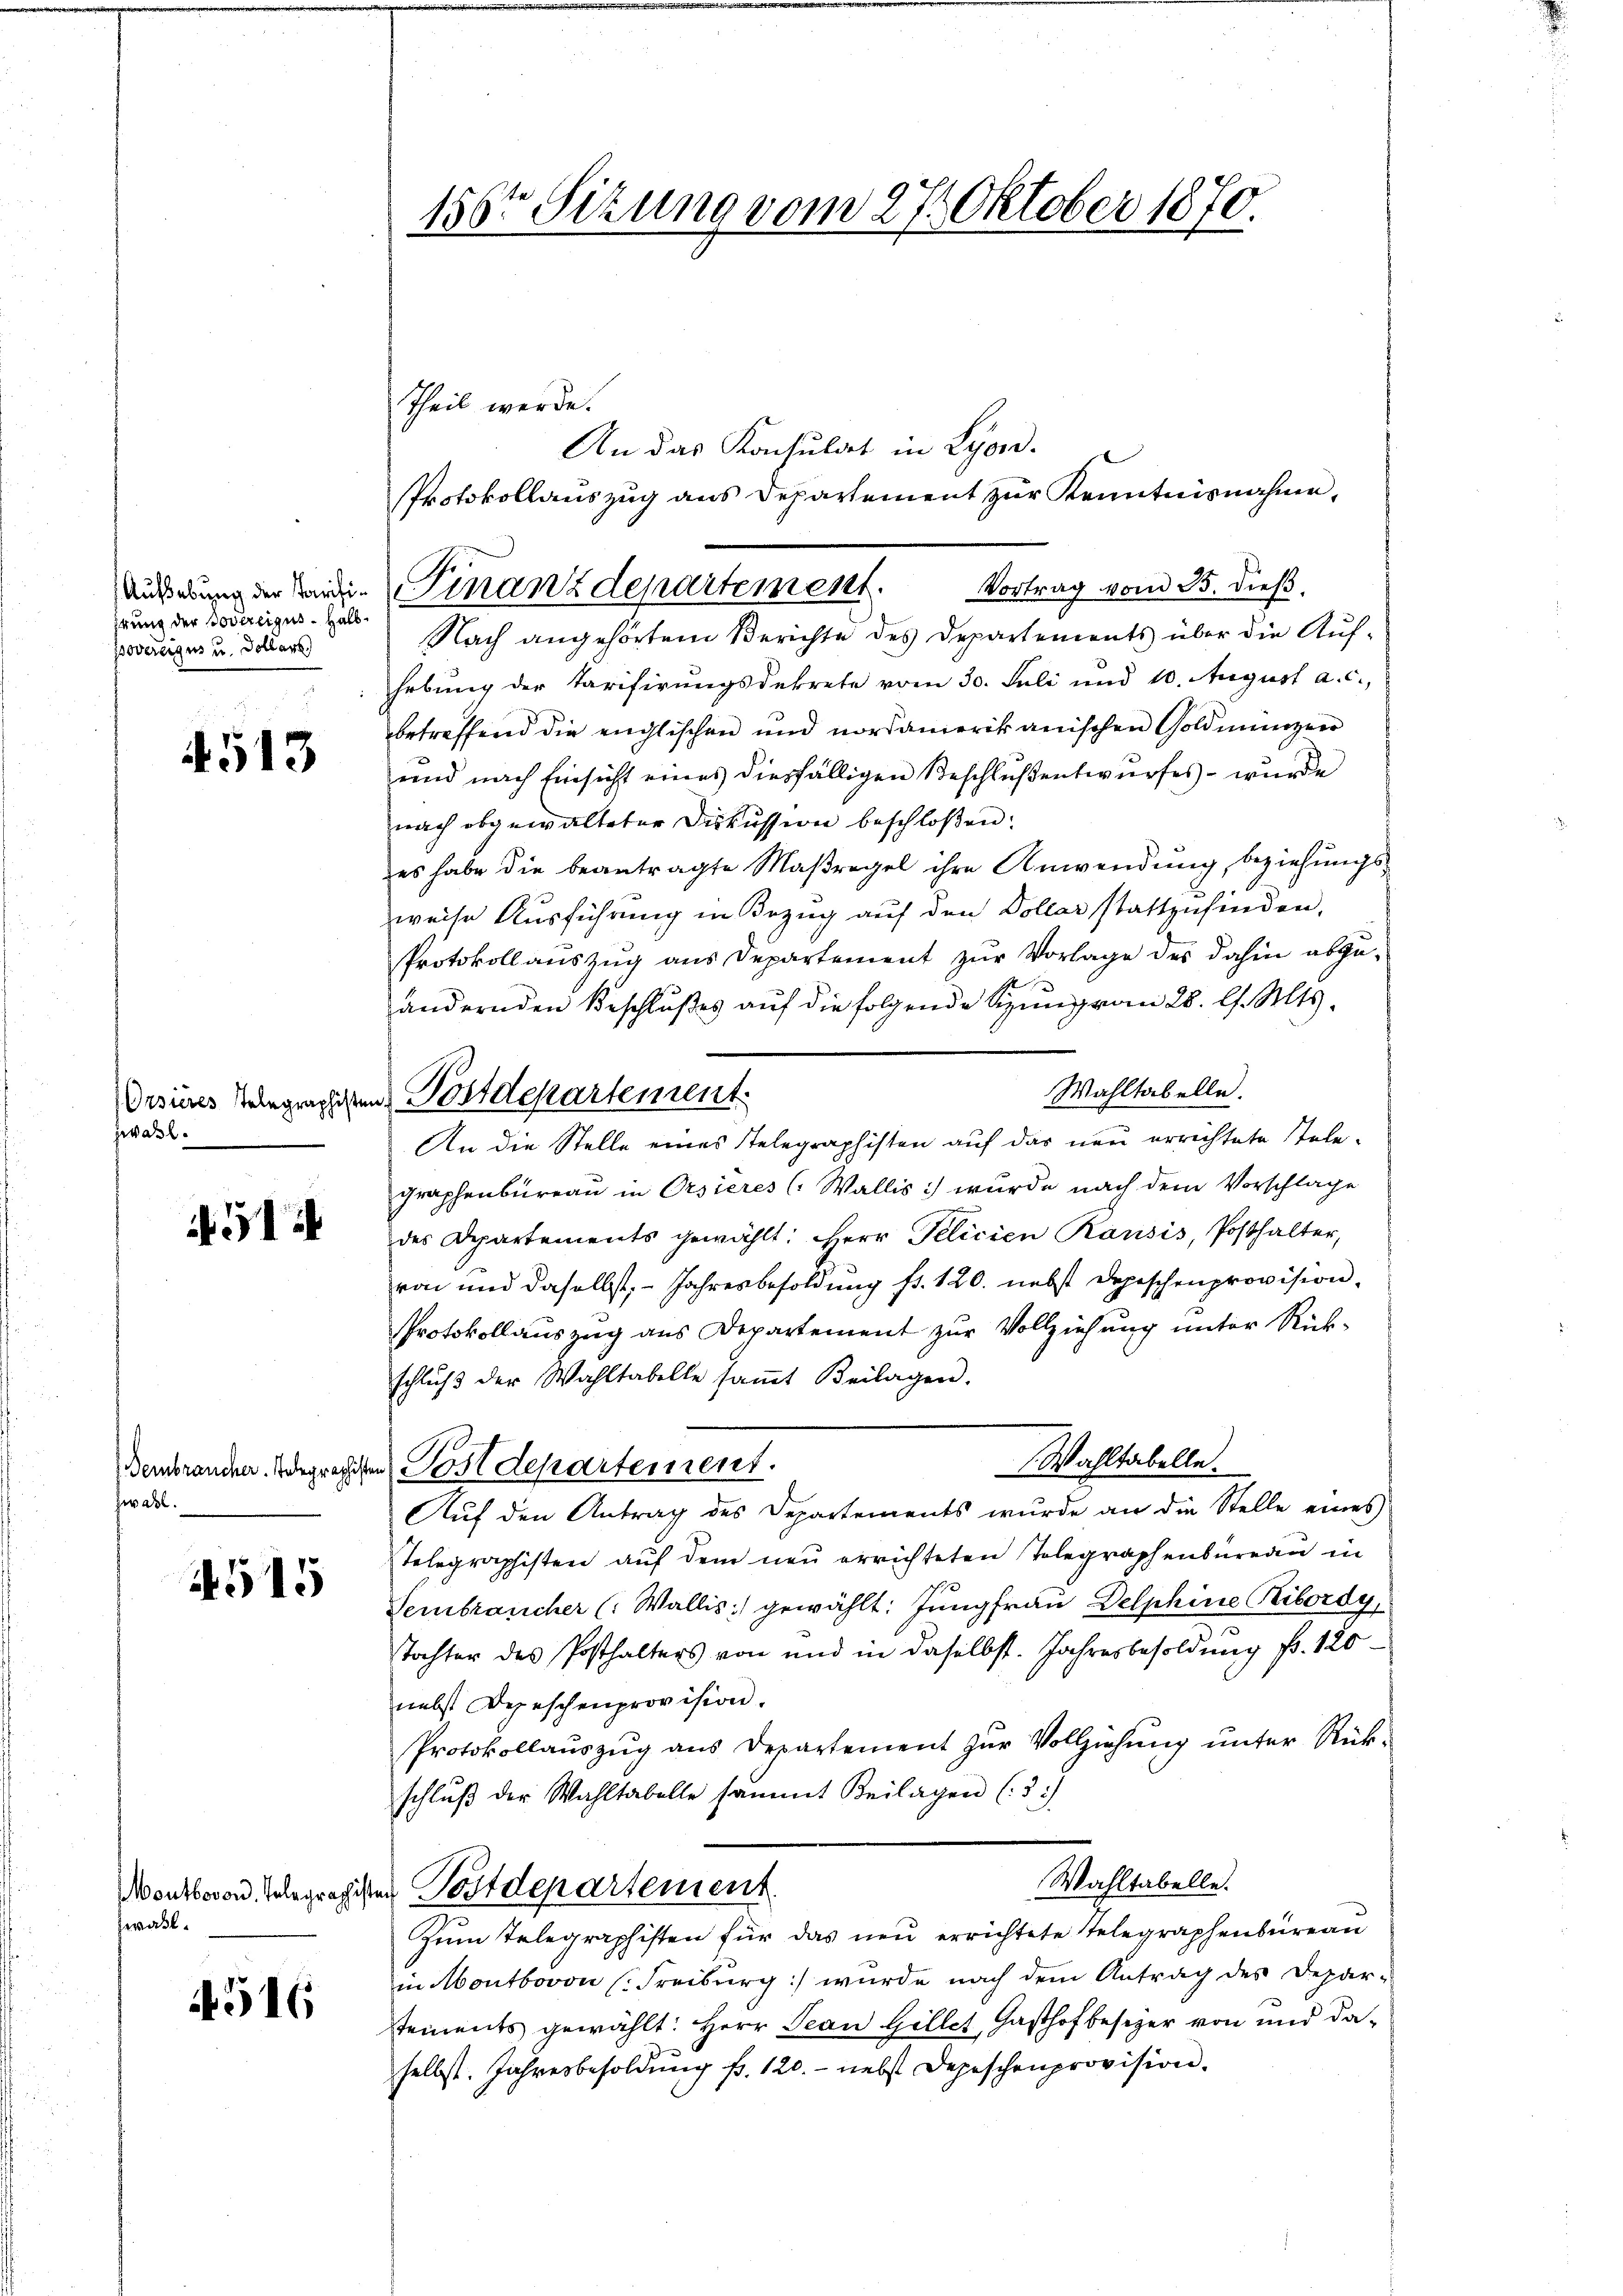
Aufhebung der Parifiitung der Bovereigus. Halboverergus u. Dollars)

513

zwahl.

51

embraucher. Telegraphiste
wall.

4515

zwahl.

4516

156ten Sitzung vom 27. Oktober 1870.

Nach angehörtem Berichte des Departements über die Aufhebung der Tarifirungsdekrete vom 30. Juli und 10. August a. c.,
betreffend die englischen und nordamerikanischen Goldmünzen
rend nach Einsicht eines diesfälligen Beschlußentwurfes – wurde
nach abgewalteter Diskussion beschloßen:
es habe die beantragte Maßregel ihre Anwendung, beziehungsweise Ausführung in Bezug auf den Dollar stattzufinden,
Protokoll auszug aus Departement zur Vorlage des dahin abzu¬

ändernden Beschlußes auf die folgende Sitzung von 28. l. Mts.
Wahltabelle.
An die Stelle eines Telegraphisten auf das neu errichtete Telegraphenbureau in Orsieres (Wallis) wurde nach dem Vorschlage
des Departements gewählt: Herr Pelicien Rausis, Posthalter,
von und daselbst, - Jahresbesoldung fr. 120. nebst Depeschenprovision,
Protokollauszug aus Departement zur Vollziehung unter Rückschlŭβ der Wahltabelle saṁt Beilagen.
 Wahltabelle.
in Postdepartement.
Auf den Antrag des Departements wurde an die Stelle eines
Telegraphisten auf dem neu errichteten Telegraphenbureau in
Sembraucher (Wallis:) gewählt: Jungfrau Delphine Ribordy,
Tochter des Posthalters von und in daselbst. Jahresbesoldung fr. 120
nebst Depeschenprovision.
Protokollaŭszŭg aŭs Departement zŭr Vollziehung unter Rück-
schlŭβ der Wahltabelle sammt Beilagen (3.)
Wahltabelle.
Monsbesond. Gelegragisten Postdepartement
Zum Telegraphisten für das neu errichtete Telegraphenbureau
in Montbovon Freiburg) wurde nach dem Antrag des Deparstements gewählt: Herr Jean Gillet, Gasthof besizer von und daselbst. Jahresbesoldŭng fr. 120.- nebst Depeschenprovision.

Theil werde.
An das Konsulat in Lyon.
Protokollauszug aus Departement zur Kenntnisnahme,
Finanzdepartement. Vortrag vom 25. dieß.

Desures Telegraphen Postdepartement.